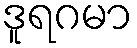
ဒူရဂမာ